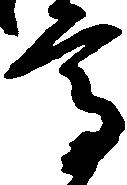
高